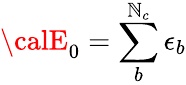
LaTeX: {\calE}_{0}=\sum_{b}^{\mathbb{N}_{c}}\epsilon_{b}